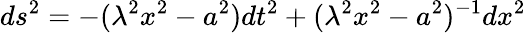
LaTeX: ds^{2}=-(\lambda^{2}x^{2}-a^{2})dt^{2}+(\lambda^{2}x^{2}-a^{2})^{-1}dx^{2}